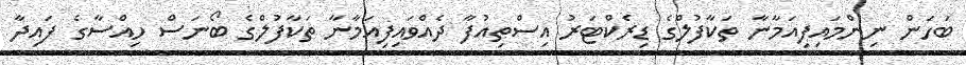
ބަހަން ނިންމައިފިއަމާނާ ތަކާފުލްގެ ޑިރެކްޓަރު އިސްތިއުފާ ދެއްވައިފިއަމާނާ ތަކާފުލްގެ ބޯނަސް ހިއްސާގެ ފައިދާ